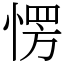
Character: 愣